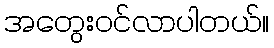
အတွေးဝင်လာပါတယ်။